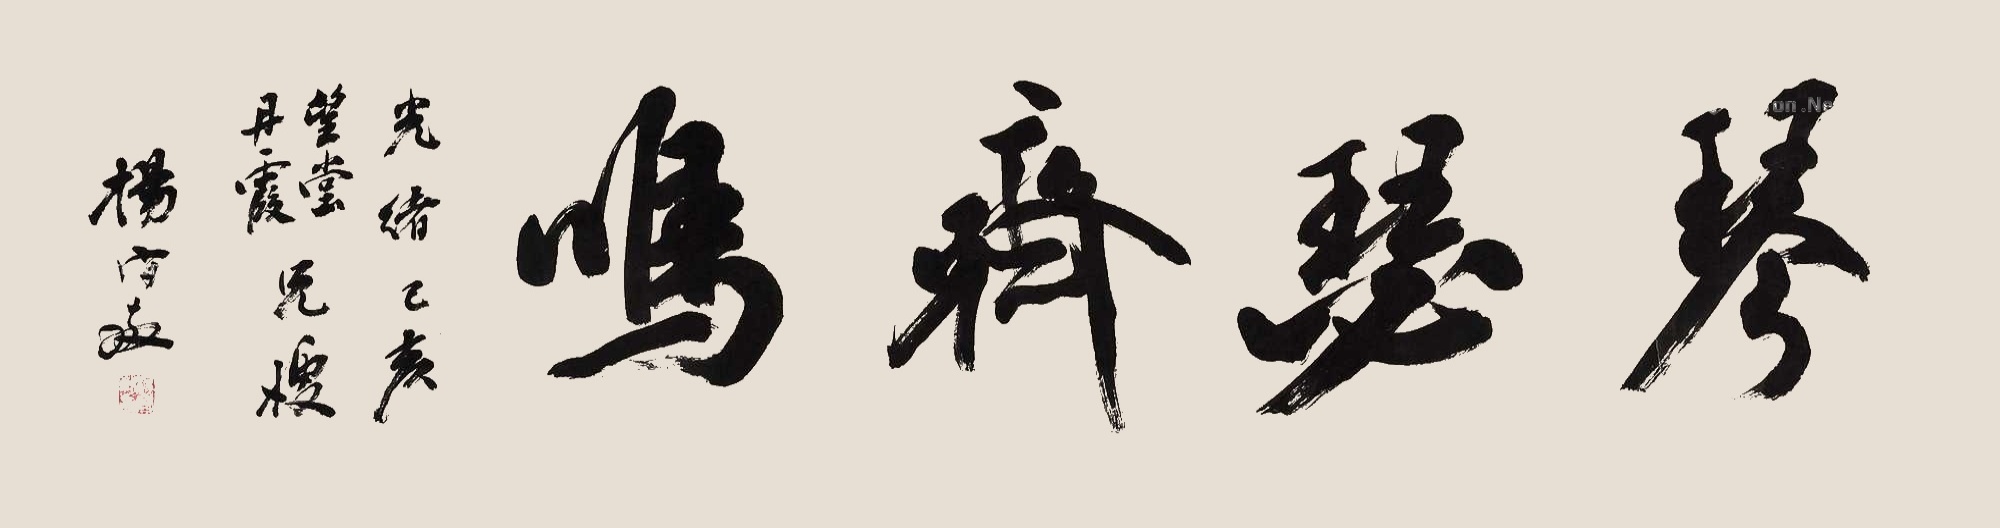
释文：琴瑟齐鸣。光绪己亥，望堂、丹霞兄嫂，杨守敬。